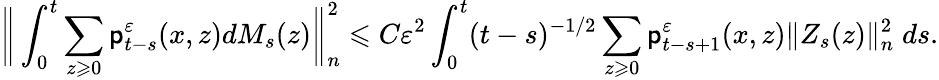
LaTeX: \bigg\| \int_{0}^{t}\sum_{z\geqslant 0}\mathsf{p}_{t-s}^{\varepsilon}(x,z)dM_{s}(z)\bigg\| _{n}^{2}\leqslant C\varepsilon^{2}\int_{0}^{t}(t-s)^{-1/2}\sum_{z\geqslant 0}\mathsf{p}_{t-s+1}^{\varepsilon}(x,z)\| Z_{s}(z)\| _{n}^{2}\; ds.